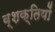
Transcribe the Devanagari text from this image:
व्शक्तियों